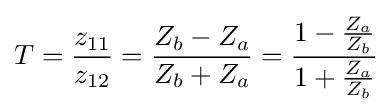
T={\frac {z_{11}}{z_{12}}}={\frac {Z_{b}-Z_{a}}{Z_{b}+Z_{a}}}={\frac {1-{\frac {Z_{a}}{Z_{b}}}}{1+{\frac {Z_{a}}{Z_{b}}}}}